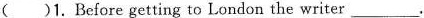
( )1. Before getting to London the writer___.